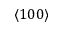
\langle 1 0 0 \rangle